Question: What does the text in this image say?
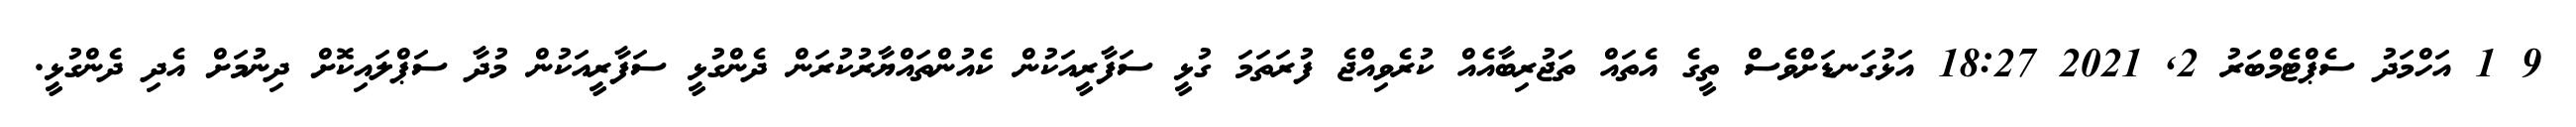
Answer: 9 1 އަހްމަދު ސެޕްޓެމްބަރު 2, 2021 18:27 އަޅުގަނޑަށްވެސް ތީގެ އެތައް ތަޖުރިބާއެއް ކުރެވިއްޖެ ފުރަތަމަ ގުޅީ ސަފާރީއަކުން ކެއުންތައްޔާރުކުރަން ދެންގުޅީ ސަފާރީއަކުން މުދާ ސަޕްލައިކޮށް ދިނުމަށް އެދި ދެންގުޅީ.